[Report on the health of British troops in the Madras command]
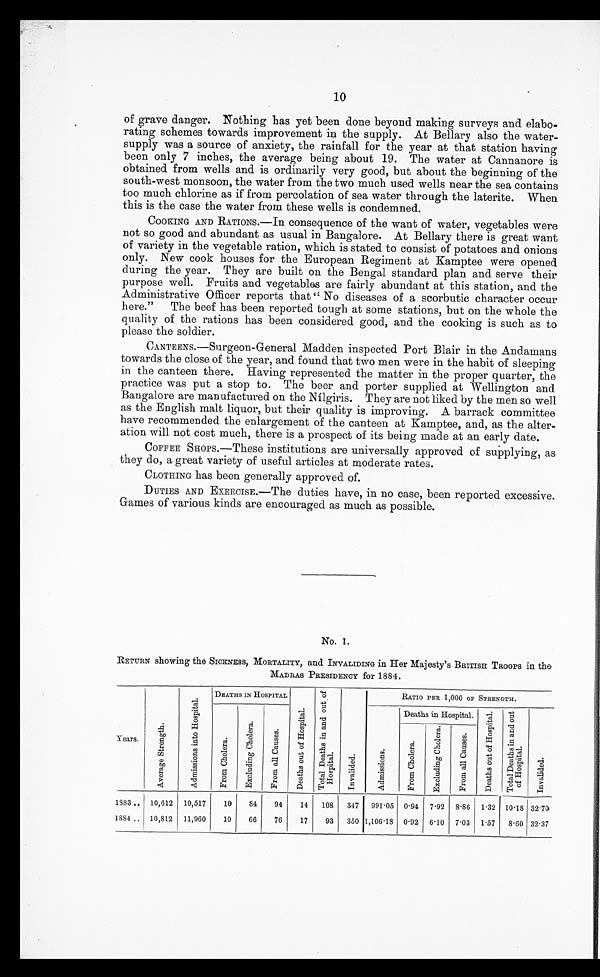
10
of grave danger. Nothing has yet been done beyond making surveys and elabo
-rating schemes towards improvement in the supply. At Bellary also the water-
supply was a source of anxiety, the rainfall for the year at that station having
been only 7 inches, the average being about 19. The water at Cannanore is
obtained from wells and is ordinarily very good, but about the beginning of the
south-west monsoon, the water from the two much used wells near the sea contains
too much chlorine as if from percolation of sea water through the laterite. When
this is the case the water from these wells is condemned.
COOKING AND RATIONS.—In consequence of the want of water, vegetables were
not so good and abundant as usual in Bangalore. At Bellary there is great want
of variety in the vegetable ration, which is stated to consist of potatoes and onions
only. New
cook houses for the European Regiment at Kamptee were opened
during the year. They are built on the Bengal standard plan and serve their
purpose well. Fruits and vegetables are fairly abundant at this station, and the
Administrative Officer reports that" No diseases of a scorbutic character occur
here." The beef has been reported tough at some stations, but on the whole the
quality of the rations has been considered good, and the cooking is such as to
please the soldier.
CANTEENS.—Surgeon-General Madden inspected Port Blair in the Andamans
towards the close of the year, and found that two men were in the habit of sleeping
in the canteen there. Having represented the matter in the proper quarter, the
practice was put a stop to. The beer and porter supplied at Wellington and
Bangalore are manufactured on the Nílgiris. They are not liked by the men so well
as the English malt liquor, but their quality is improvin. A barrack committee
have recommended the enlargement of the canteen at Kamptee, and, as the alter-
- a t i o n w i l l n o t c o s t m u c h , t h e r e i s a p r o s p e c t o f i t s b e i n g m a d e a t a n e a r l y d a t e .
COFFEE SHOPS.—These institutions are universally approved of supplying, as
they do, a great variety of useful articles at moderate rates.
CLOTHING has been generally approved of.
DUTIES AND EXERCISE.—The duties have, in no case, been reported excessive.
Games of various kinds are encouraged as much as possible.
No. 1.
RETURN showing the SICKNESS, MORTALITY, and INVALIDING in Her Majesty's BRITISH TROOPS in the
MADRAS PRESIDENCY for 1884.
Years.
A v e r a g e S t r e n g t h .
A d m i s s i o n s i n t o H o s p i t a l .
DEATHS IN HOSPITAL
T o t a l D e a t h s i n a n d o u t o f H o s p i t a l .
I n v a l i d e d .
RATIO PER 1, 000 OF STRENGTH.
F r o m C h o l e r a .
E x c l u d i n g C h o l e r a .
F r o m a l l C a u s e s .
D e a t h s o u t o f H o s p i t a l .
Admissions.
Deaths in Hospital.
D e a t h s o u t o f H o s p i t a l .
T o t a l D e a t h s i n a n d o u t o f H o s p i t a l .
I n v a l i d e d .
F r o m C h o l e r a .
E x c l u d i n g C h o l e r a .
F r o m a l l C a u s e s .
1883 . . . 10,612 10,517
10
84
94
14
108
347 991.05 0.94 7.92 8.86 1.32 10.18 32.70
1884 . . . 10,812 11,960
10
66
76
17
93
350 1,106.18 0.92 6.10 7.03 1.57
8.60 32.37